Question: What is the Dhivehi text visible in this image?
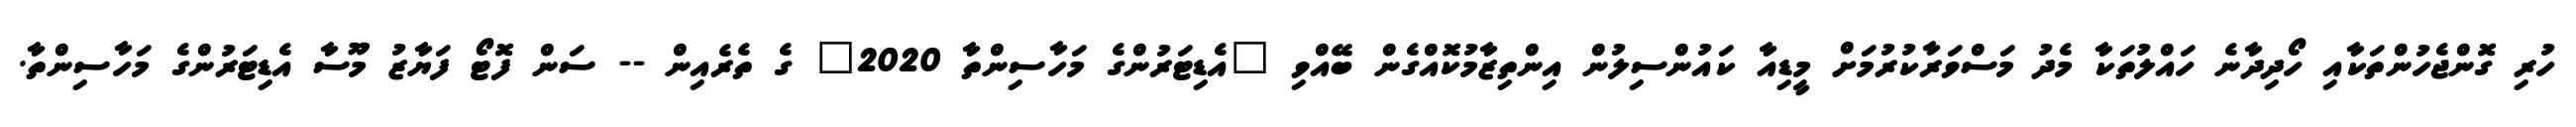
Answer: ހުރި ގޮންޖެހުންތަކާއި ހޯދިދާނެ ހައްލުތަކާ މެދު މަސްވަރާކުރުމަށް މީޑިއާ ކައުންސިލުން އިންތިޒާމުކޮއްގެން ބޭއްވި "އެޑިޓަރުންގެ މަހާސިންތާ 2020" ގެ ތެރެއިން -- ސަން ފޮޓޯ ފަޔާޒު މޫސާ އެޑިޓަރުންގެ މަހާސިންތާ.